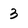
Character: 3